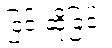
ငြင်းဆိုခြင်း